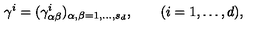
\gamma ^ { i } = ( \gamma _ { \alpha \beta } ^ { i } ) _ { \alpha , \beta = 1 , \ldots , s _ { d } } , \qquad ( i = 1 , \ldots , d ) ,